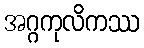
အဂ္ဂကုလိကဿ